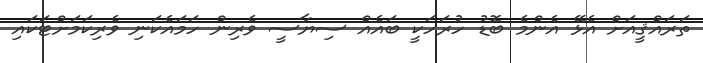
ތަރައްޤީއަށް އެޅޭ އެންމެ ބޮޑު ހުރަހަކީ ބައެއް ސިޔާސީ ވެރިން ހަމައެކަނި ވެރިކަމަށްޓަކައި